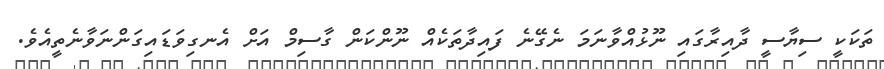
ތަކަކީ ސިޔާސީ ދާއިރާގައި ނޫޅުއްވާނަމަ ނެގޭނެ ފައިދާތަކެއް ނޫންކަން ގާސިމް އަށް އެނގިވަޑައިގަންނަވާނެތީއެވެ.